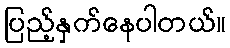
ပြည့်နှက်နေပါတယ်။